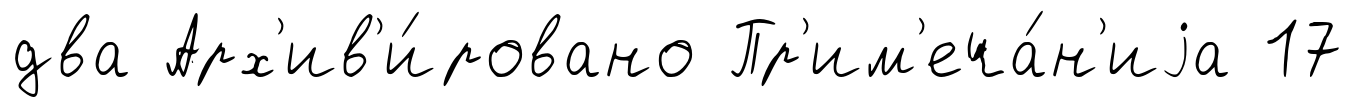
два Арх'ив'и́ровано Пр'им'еча́н'иjа 17